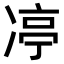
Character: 𪞨